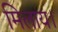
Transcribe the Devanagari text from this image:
मिलाय।